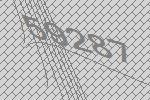
59287